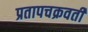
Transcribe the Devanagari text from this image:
प्रतापचक्रवर्ती